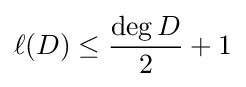
\ell (D)\leq {\frac {\deg D}{2}}+1